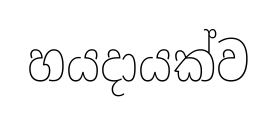
හයදායක්ව